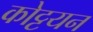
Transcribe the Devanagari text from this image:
कोट्टयन